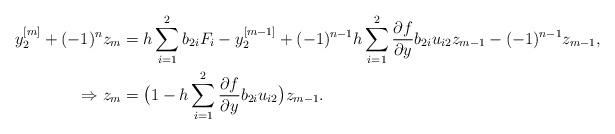
LaTeX: \begin{align*}y_{2}^{[m]} + (-1)^{n}z_{m} &=h\displaystyle\sum_{i=1}^{2}b_{2i}F_{i}- y_{2}^{[m-1]} + (-1)^{n-1}h\displaystyle\sum_{i=1}^{2}\frac{\partial f}{\partial y}b_{2i}u_{i2}z_{m-1} - (-1)^{n-1}z_{m-1},\\\Rightarrow z_{m}&=\big(1-h\displaystyle\sum_{i=1}^{2}\frac{\partial f}{\partial y}b_{2i}u_{i2}\big)z_{m-1}.\end{align*}